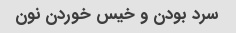
سرد بودن و خیس خوردن نون